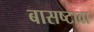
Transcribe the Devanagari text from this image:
बासष्टावा